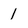
Character: 1